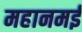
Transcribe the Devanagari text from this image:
महानमई